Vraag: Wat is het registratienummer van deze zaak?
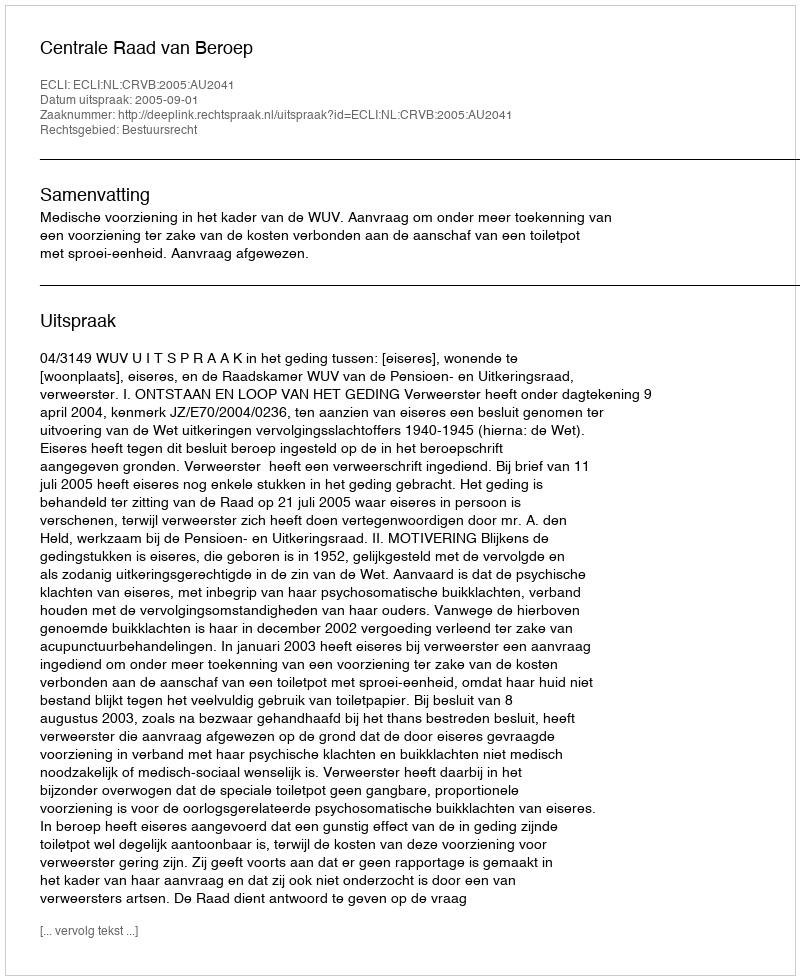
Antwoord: http://deeplink.rechtspraak.nl/uitspraak?id=ECLI:NL:CRVB:2005:AU2041